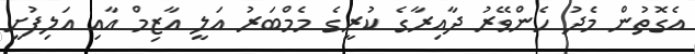
އެގޮތުން މެދު ހެންވޭރު ދާއިރާގެ ކުރީގެ މެމްބަރު އަލީ އާޒިމް އާއި އަލިފުށީ